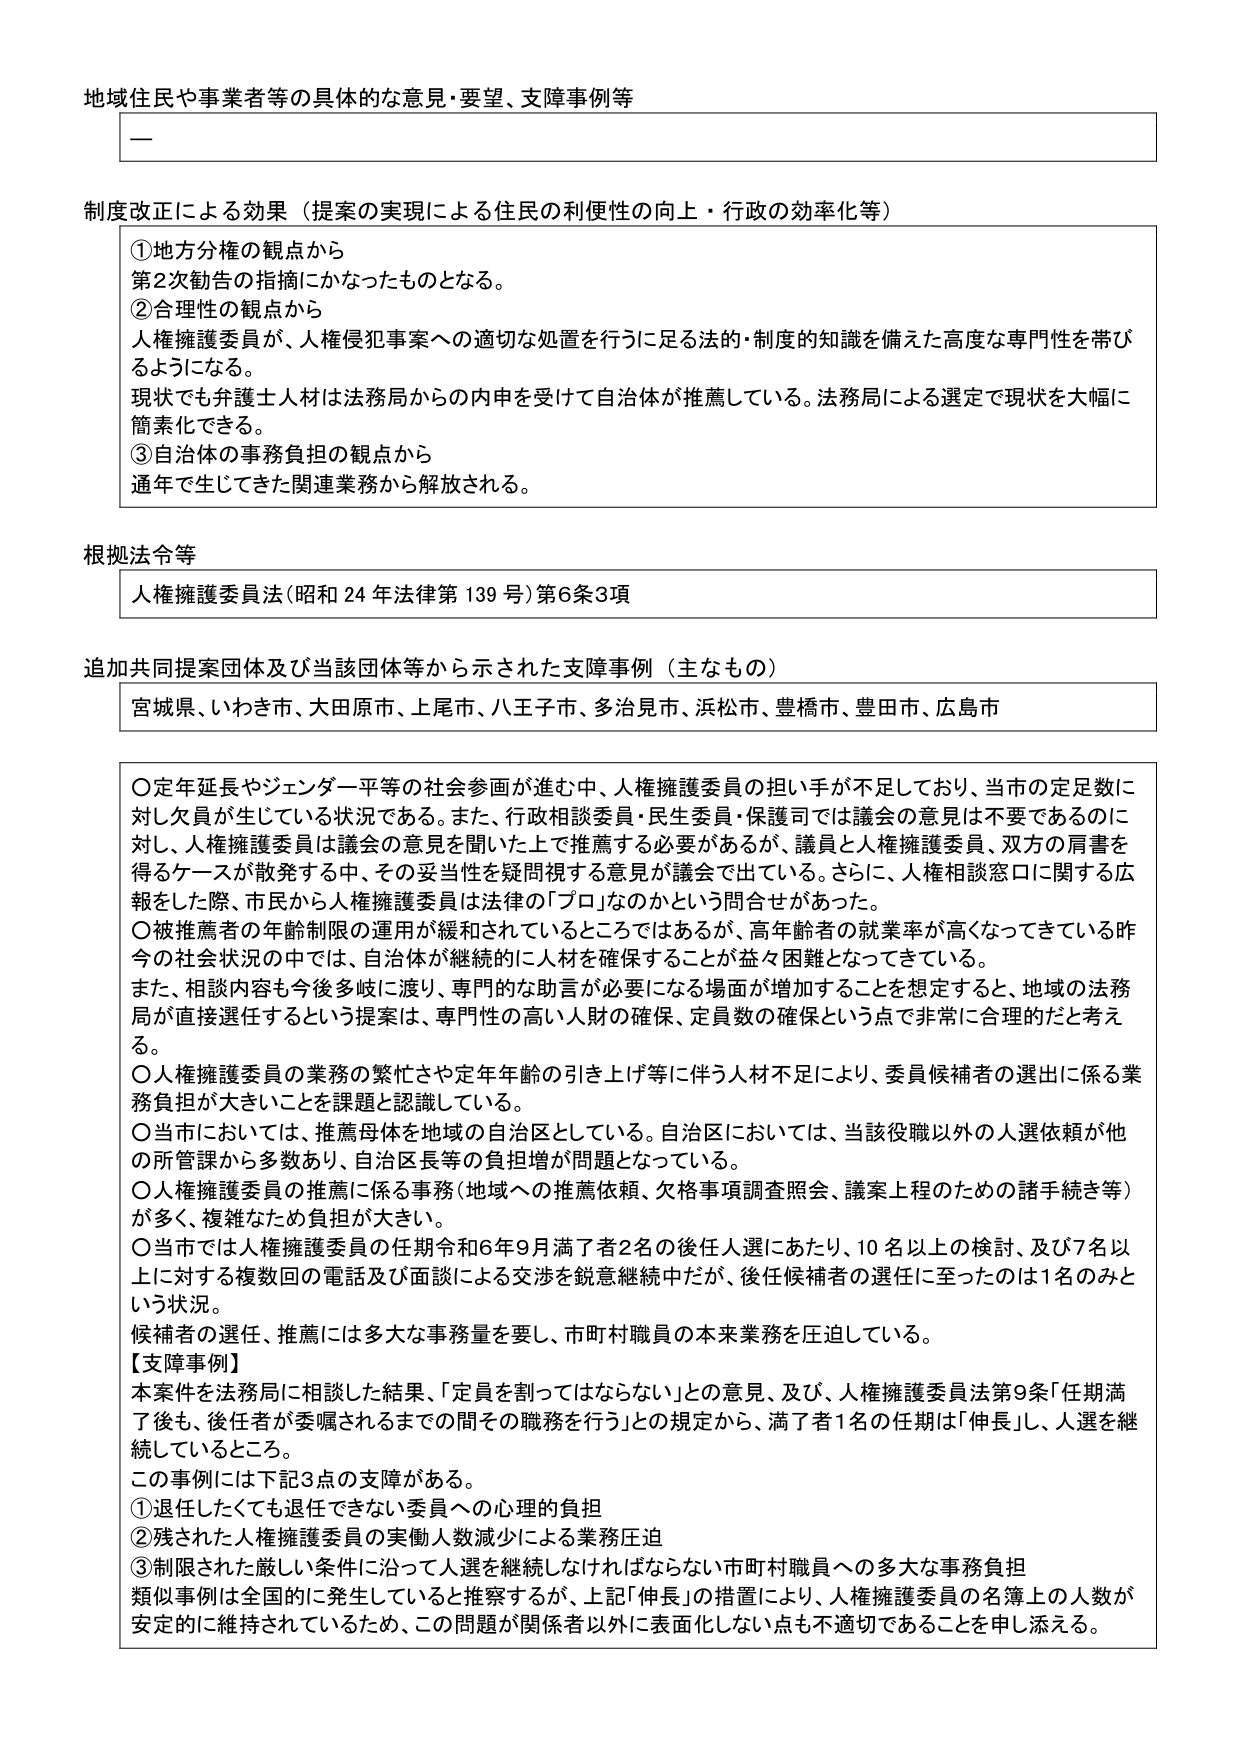
地域住民や事業者等の具体的な意見・要望、支障事例等

—

制度改正による効果（提案の実現による住民の利便性の向上・行政の効率化等）

①地方分権の観点から
第2次勧告の指摘にかなったものとなる。

②合理性の観点から
人権擁護委員が、人権侵害事案への適切な処置を行うに足る法的・制度的知識を備えた高度な専門性を帯びるようになる。
現状でも弁護士人材は法務局からの内申を受けて自治体が推薦している。法務局による選定で現状を大幅に簡素化できる。

③自治体の事務負担の観点から
通年で生じてきた関連業務から解放される。

根拠法令等

人権擁護委員法（昭和24年法律第139号）第6条3項

追加共同提案団体及び当該団体等から示された支障事例（主なもの）

宮城県、いわき市、大田原市、上尾市、八王子市、多治見市、浜松市、豊橋市、豊田市、広島市

〇定年延長やジェンダー平等の社会参画が進む中、人権擁護委員の担い手が不足しており、当市の定員数に対し欠員が生じている状況である。また、行政相談委員・民生委員・保護司では議会の意見は不要であるのに対し、人権擁護委員は議会の意見を聞いた上で推薦する必要があるが、議員と人権擁護委員、双方の肩書を得るケースが散発する中、その妥当性を疑問視する意見が議会で出ている。さらに、人権相談窓口に関する広報をした際、市民から人権擁護委員は法律の「プロ」なのかという問合せがあった。

〇被推薦者の年齢制限の運用が緩和されているところではあるが、高年齢者の就業率が高くなってきている昨今の社会状況の中では、自治体が継続的に人材を確保することが益々困難となってきている。
また、相談内容も今後多岐に渡り、専門的な助言が必要になる場面が増加することを想定すると、地域の法務局が直接選任するという提案は、専門性の高い人財の確保、定員数の確保という点で非常に合理的だと考える。

〇人権擁護委員の業務の繁忙さや定年年齢の引き上げ等に伴う人材不足により、委員候補者の選出に係る業務負担が大きいことを課題と認識している。

〇当市においては、推薦母体を地域の自治区としている。自治区においては、当該役職以外の人選依頼が他の所管課から多数あり、自治区長等の負担増が問題となっている。

〇人権擁護委員の推薦に係る事務（地域への推薦依頼、欠格事項調査照会、議案上程のための諸手続き等）が多く、複雑なため負担が大きい。

〇当市では人権擁護委員の任期令和6年9月満了者2名の後任人選にあたり、10名以上の検討、及び7名以上に対する複数回の電話及び面談による交渉を鋭意継続中だが、後任候補者の選任に至ったのは1名のみという状況。
候補者の選任、推薦には多大な事務量を要し、市町村職員の本来業務を圧迫している。

【支障事例】
本案件を法務局に相談した結果、「定員を割ってはならない」との意見、及び、人権擁護委員法第9条「任期満了後も、後任者が委嘱されるまでの間その職務を行う」との規定から、満了者1名の任期は「伸長」し、人選を継続しているところ。

この事例には下記3点の支障がある。
①退任したくても退任できない委員への心理的負担
②残された人権擁護委員の実働人数減少による業務圧迫
③制限された厳しい条件に沿って人選を継続しなければならない市町村職員への多大な事務負担
類似事例は全国的に発生していると推察するが、上記「伸長」の措置により、人権擁護委員の名簿上の人数が安定的に維持されているため、この問題が関係者以外に表面化しない点も不適切であることを申し添える。